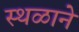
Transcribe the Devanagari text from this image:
स्थळाने